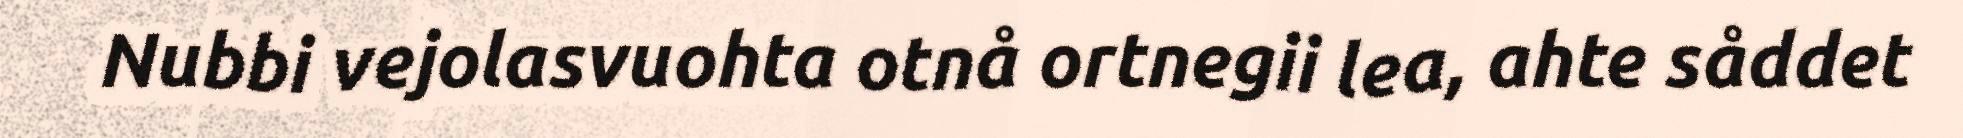
Nubbi vejolasvuohta otnå ortnegii lea, ahte såddet